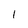
Character: I